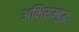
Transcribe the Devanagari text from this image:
अभिसम्बुद्ध